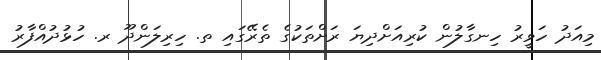
މިއަދު ހަވީރު ހިނގާލުން ކުރިއަށްދިޔަ ރަށްތަކުގެ ތެރޭގައި ތ. ހިރިލަންދޫ ރ. ހުޅުދުއްފާރު